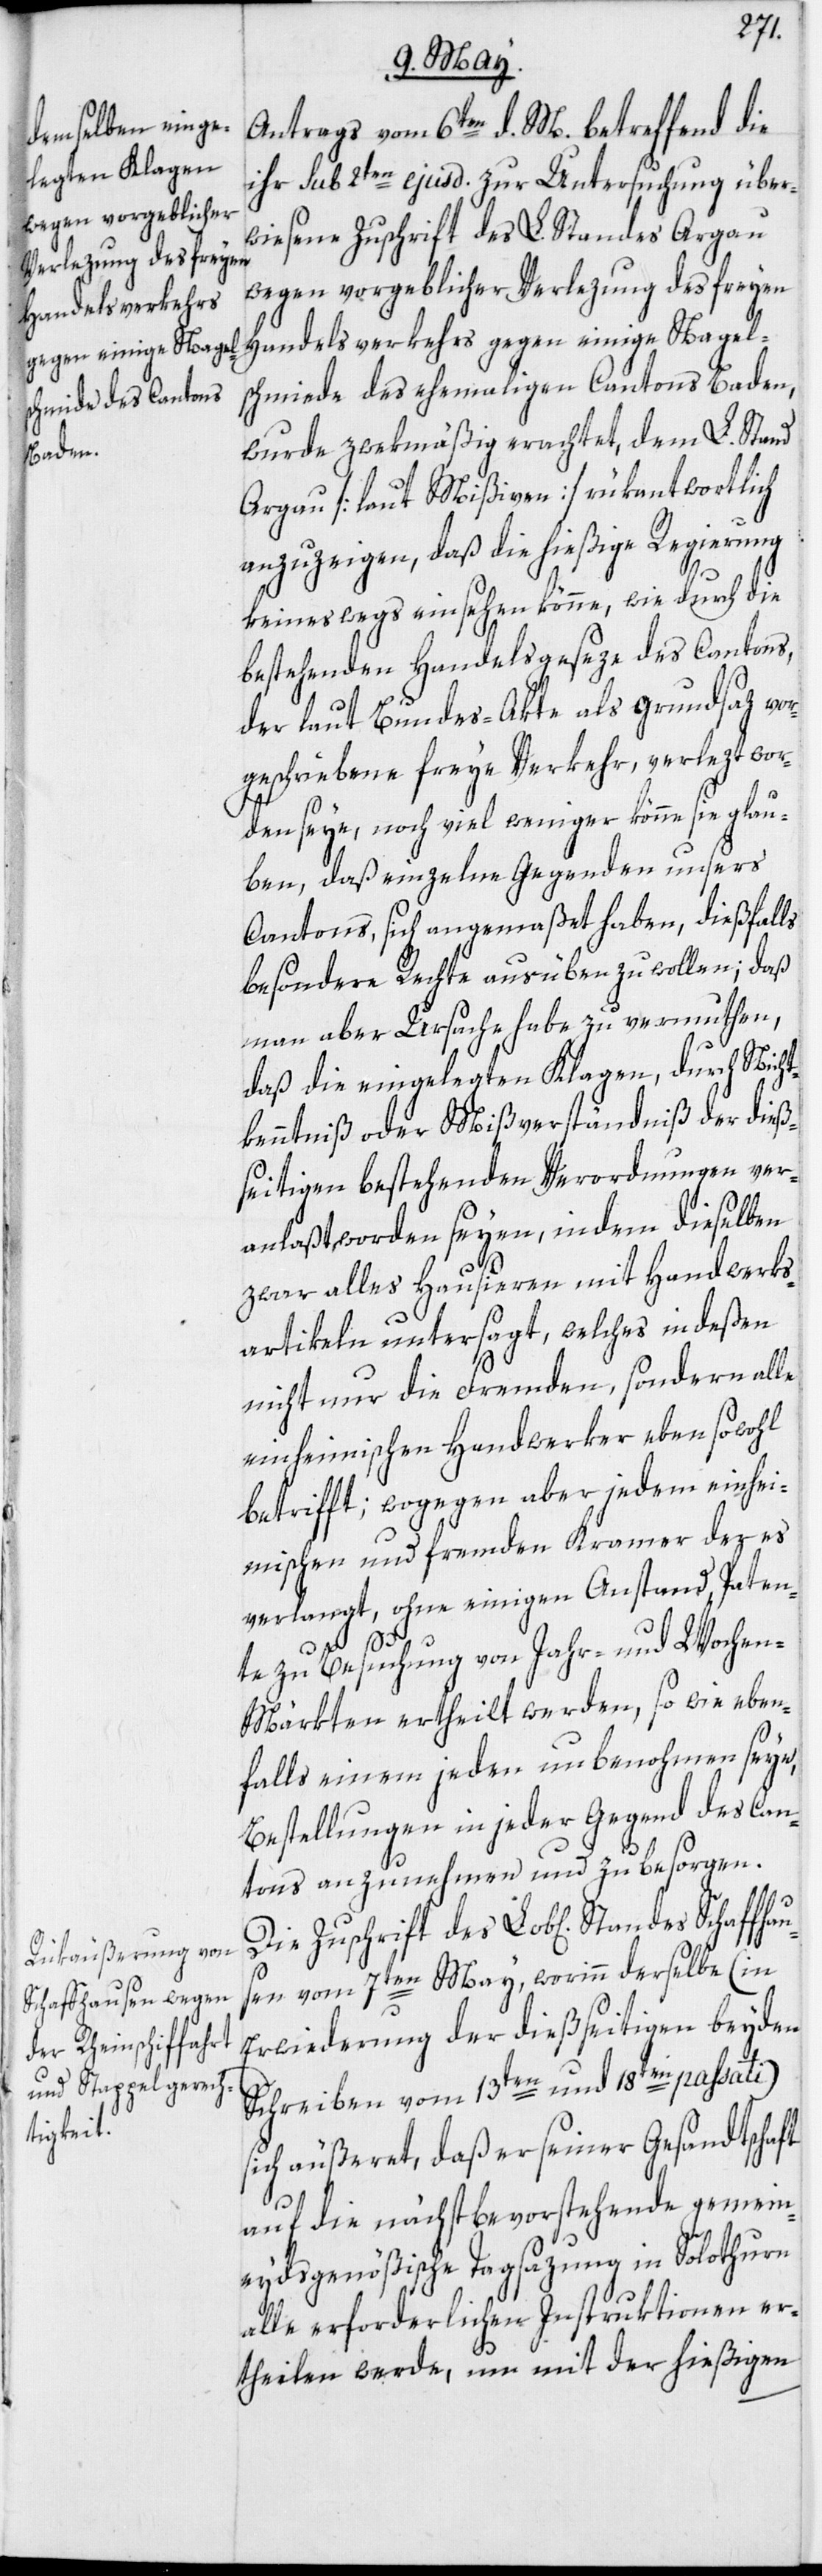
des Schaffhaus¬

Antrags vom 6ten d. M. betreffend die
ihr sub 2ten ejusd. zur Untersuchung über¬
wiesene Zuschrift des L. Standes Argau
wegen vorgeblicher Verlezung des freyen
Handelsverkehrs gegen einige Nagel¬
schmiede des ehemaligen Cantons Baden,
wurde zwekmäßig erachtet, dem L. Stand
Argau [laut Mißiven] rükantwortlich
anzuzeigen, daß die hießige Regierung
keineswegs einsehen könne, wie durch die
bestehenden Handelsgeseze des Cantons,
der laut Bundes-Akte als Grundsaz vo¬
rgeschriebene freye Verkehr, verlezt wor¬
den seye, noch viel weniger könne sie glau¬
ben, daß einzelne Gegenden unsers
Cantons, sich angemaßet haben, dießfalls
besondere Rechte ausüben zu wollen; daß
man aber Ursache habe zu vemuthen,
daß die eingelegten Klagen, durch Nicht¬
kenntniß oder Mißverständniß der dieß¬
seitigen bestehenden Verordnungen ver¬
anlaßt worden seyen, indem dieselben
zwar alles Hausieren mit Handwerks¬
artikeln untersagt, welches indeßen
nicht nur die Fremden, sondern alle
einheimischen Handwerker ebensowohl
betrifft; wogegen aber jedem einhei¬
mischen und fremden Kramer der es
verlangt, ohne einigen Anstand, Paten¬
te zu Besuchung von Jahr- und Wochen-M¬
ärkten ertheilt werden, so wie eben¬
falls einem jeden unbenohmen seye,
Bestellungen in jeder Gegend des Can¬
tons anzunehmen und zu besorgen.
Die Zuschrift des Lob[lichen] Stan¬
en vom 7ten May, worinn derselbe (in
Erwiederung der dießseitigen beyden
Schreiben vom 13ten und 18ten passati)
sich äußeret, daß er seiner Gesandtschaft
auf die nächstbevorstehende gemein¬
eydsgenößische Tagsazung in Solothurn
alle erforderlichen Instruktionen er¬
theilen werde, um mit der hießigen